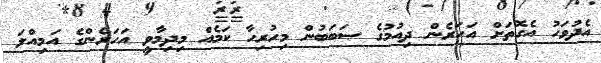
އެދުވަހު އެގޮތަށް އަހަރެން ދިއުމުގެ ސަބަބުން މިހުރިހާ ކަމެއް މިދިމާވީ އަހަރެންގެ އަމިއްލަ